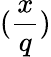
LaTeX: ({\frac{x}{q}})